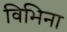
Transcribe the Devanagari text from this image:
विभिना